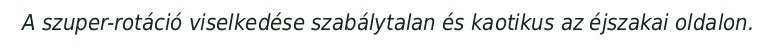
A szuper-rotáció viselkedése szabálytalan és kaotikus az éjszakai oldalon.